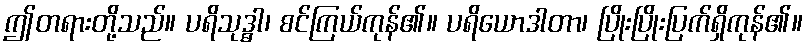
ဤတရားတို့သည်။ ပရိသုဒ္ဓါ၊ စင်ကြယ်ကုန်၏။ ပရိယောဒါတာ၊ ပြိုးပြိုးပြက်ရှိကုန်၏။